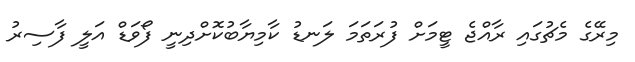
މިރޭގެ މެޗުގައި ރާއްޖެ ޓީމަށް ފުރަތަމަ ލަނޑު ކާމިޔާބުކޮށްދިނީ ފޯވަޑް އަލީ ފާސިރު